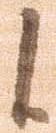
候